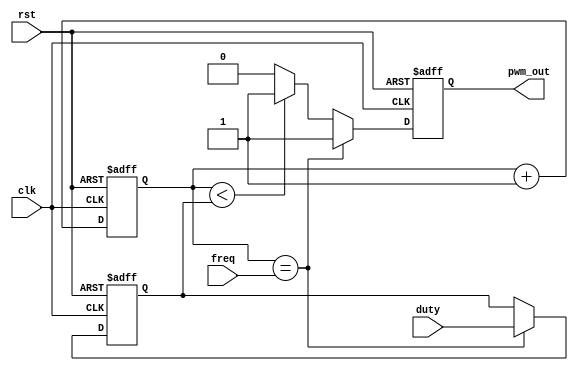
module pwm_timer (
    input wire clk,          // Clock signal
    input wire rst,          // Reset signal
    input wire [7:0] freq,   // Desired frequency value
    input wire [7:0] duty,   // Desired duty cycle value
    output reg pwm_out       // PWM output signal
);

reg [7:0] count_reg;        // Counter register for frequency
reg [7:0] duty_reg;         // Duty cycle register

always @(posedge clk or posedge rst) begin
    if (rst) begin
        count_reg <= 8'b0;  // Reset counter
        duty_reg <= 8'b0;   // Reset duty cycle
        pwm_out <= 1'b0;    // Initialize PWM signal
    end else begin
        if (count_reg == freq) begin
            count_reg <= 8'b0;  // Reset counter
            duty_reg <= duty;   // Update duty cycle value
            pwm_out <= 1'b1;    // Set PWM signal high
        end else if (count_reg < duty_reg) begin
            pwm_out <= 1'b1;    // PWM high for duty cycle
        end else begin
            pwm_out <= 1'b0;    // PWM low for remaining time
        end
        count_reg <= count_reg + 1; // Increment counter
    end
end

endmodule